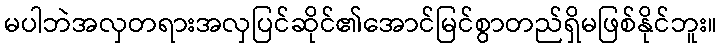
မပါဘဲအလှတရားအလှပြင်ဆိုင်၏အောင်မြင်စွာတည်ရှိမဖြစ်နိုင်ဘူး။